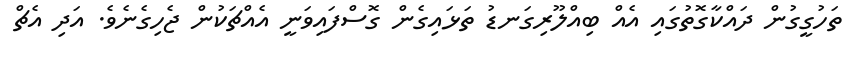
ތަހުގީގުން ދައްކާގޮތުގައި އެއް ބިއްލޫރިގަނޑު ތަޅައިގެން ގޮސްފައިވަަނީ އެއްޗަކުން ޖެހިގެނެވެ. އަދި އެޗް